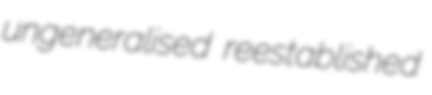
ungeneralised reestablished